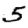
Digit: 5